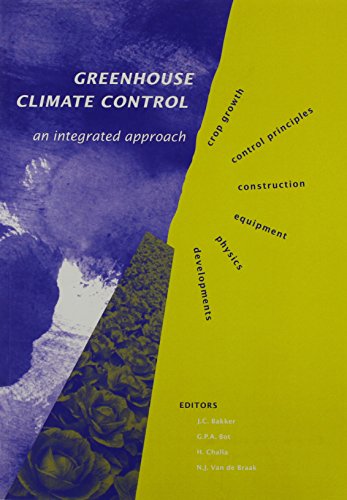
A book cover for Greenhouse Climate Control: An Integrated Approach; Bakker; Crafts, Hobbies & Home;